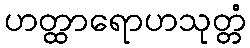
ဟတ္ထာရောဟသုတ္တံ